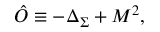
\hat { O } \equiv - \Delta _ { \Sigma } + M ^ { 2 } ,